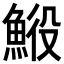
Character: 𩷍